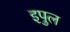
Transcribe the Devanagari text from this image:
इपुल